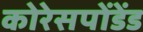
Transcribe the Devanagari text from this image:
कोरेसपोंडेंड